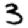
Digit: 3